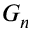
G _ { n }